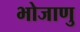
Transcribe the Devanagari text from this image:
भोजाणु